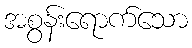
အစွန်းရောက်သော